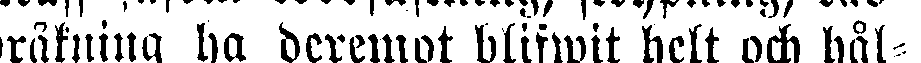
bråkning ha deremot blifwit helt och hål-